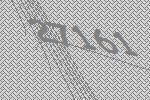
27161